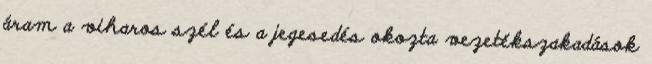
áram a viharos szél és a jegesedés okozta vezetékszakadások